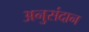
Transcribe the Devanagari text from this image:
अनुसंदान